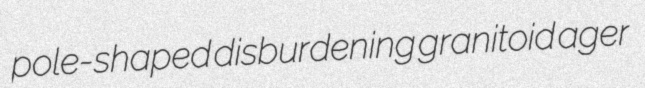
pole-shaped disburdening granitoid ager